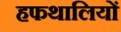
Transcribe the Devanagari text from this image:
हफथालियों